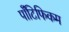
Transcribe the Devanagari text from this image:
पॉँटिफिकम